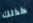
كذلك